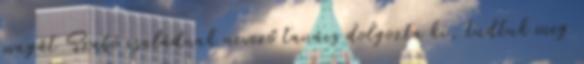
magát Szabó családnak nevező tanács dolgozta ki, tudtuk meg